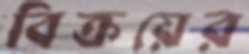
বিক্রয়ের